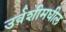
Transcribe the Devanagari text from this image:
उर्वशीमधील